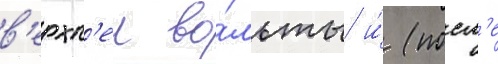
в'ерхн'еи во́льты и́ (посл'е